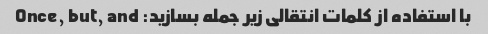
با استفاده از کلمات انتقالی زیر جمله بسازید: Once, but, and